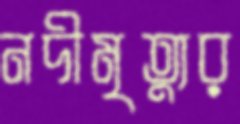
নদীমৃত্যুর